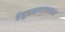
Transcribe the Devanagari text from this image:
वैद्युतऋणात्मकता